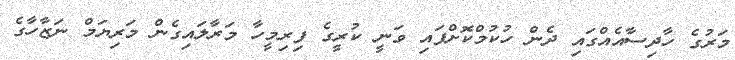
މަރުގެ ހާދިސާއެއްގައި ދެން ހުކުމްކޮށްފައި ވަނީ ކުރީގެ ފިރިމީހާ މަރާލައިގެން މަރިޔަމް ނަޒާހާގެ